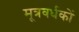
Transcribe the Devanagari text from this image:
मूत्रवर्धकों